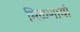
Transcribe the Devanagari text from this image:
मिळणार्या